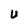
Character: U